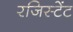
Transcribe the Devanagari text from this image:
रजिस्टेंट